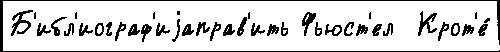
Б'ибл'иограф'иjаправ'ить Фьюст'ел  Крот'е́